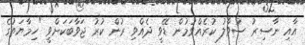
އާއި ނާސިރު ސުވާލު ކުރެއްވުމުން ޑޭވީ ދެއްވި ރުން ކުރު ޖަވާބަކަށްވީ "ހިމާޔަތުގެ